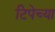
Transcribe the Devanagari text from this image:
टिपेच्या